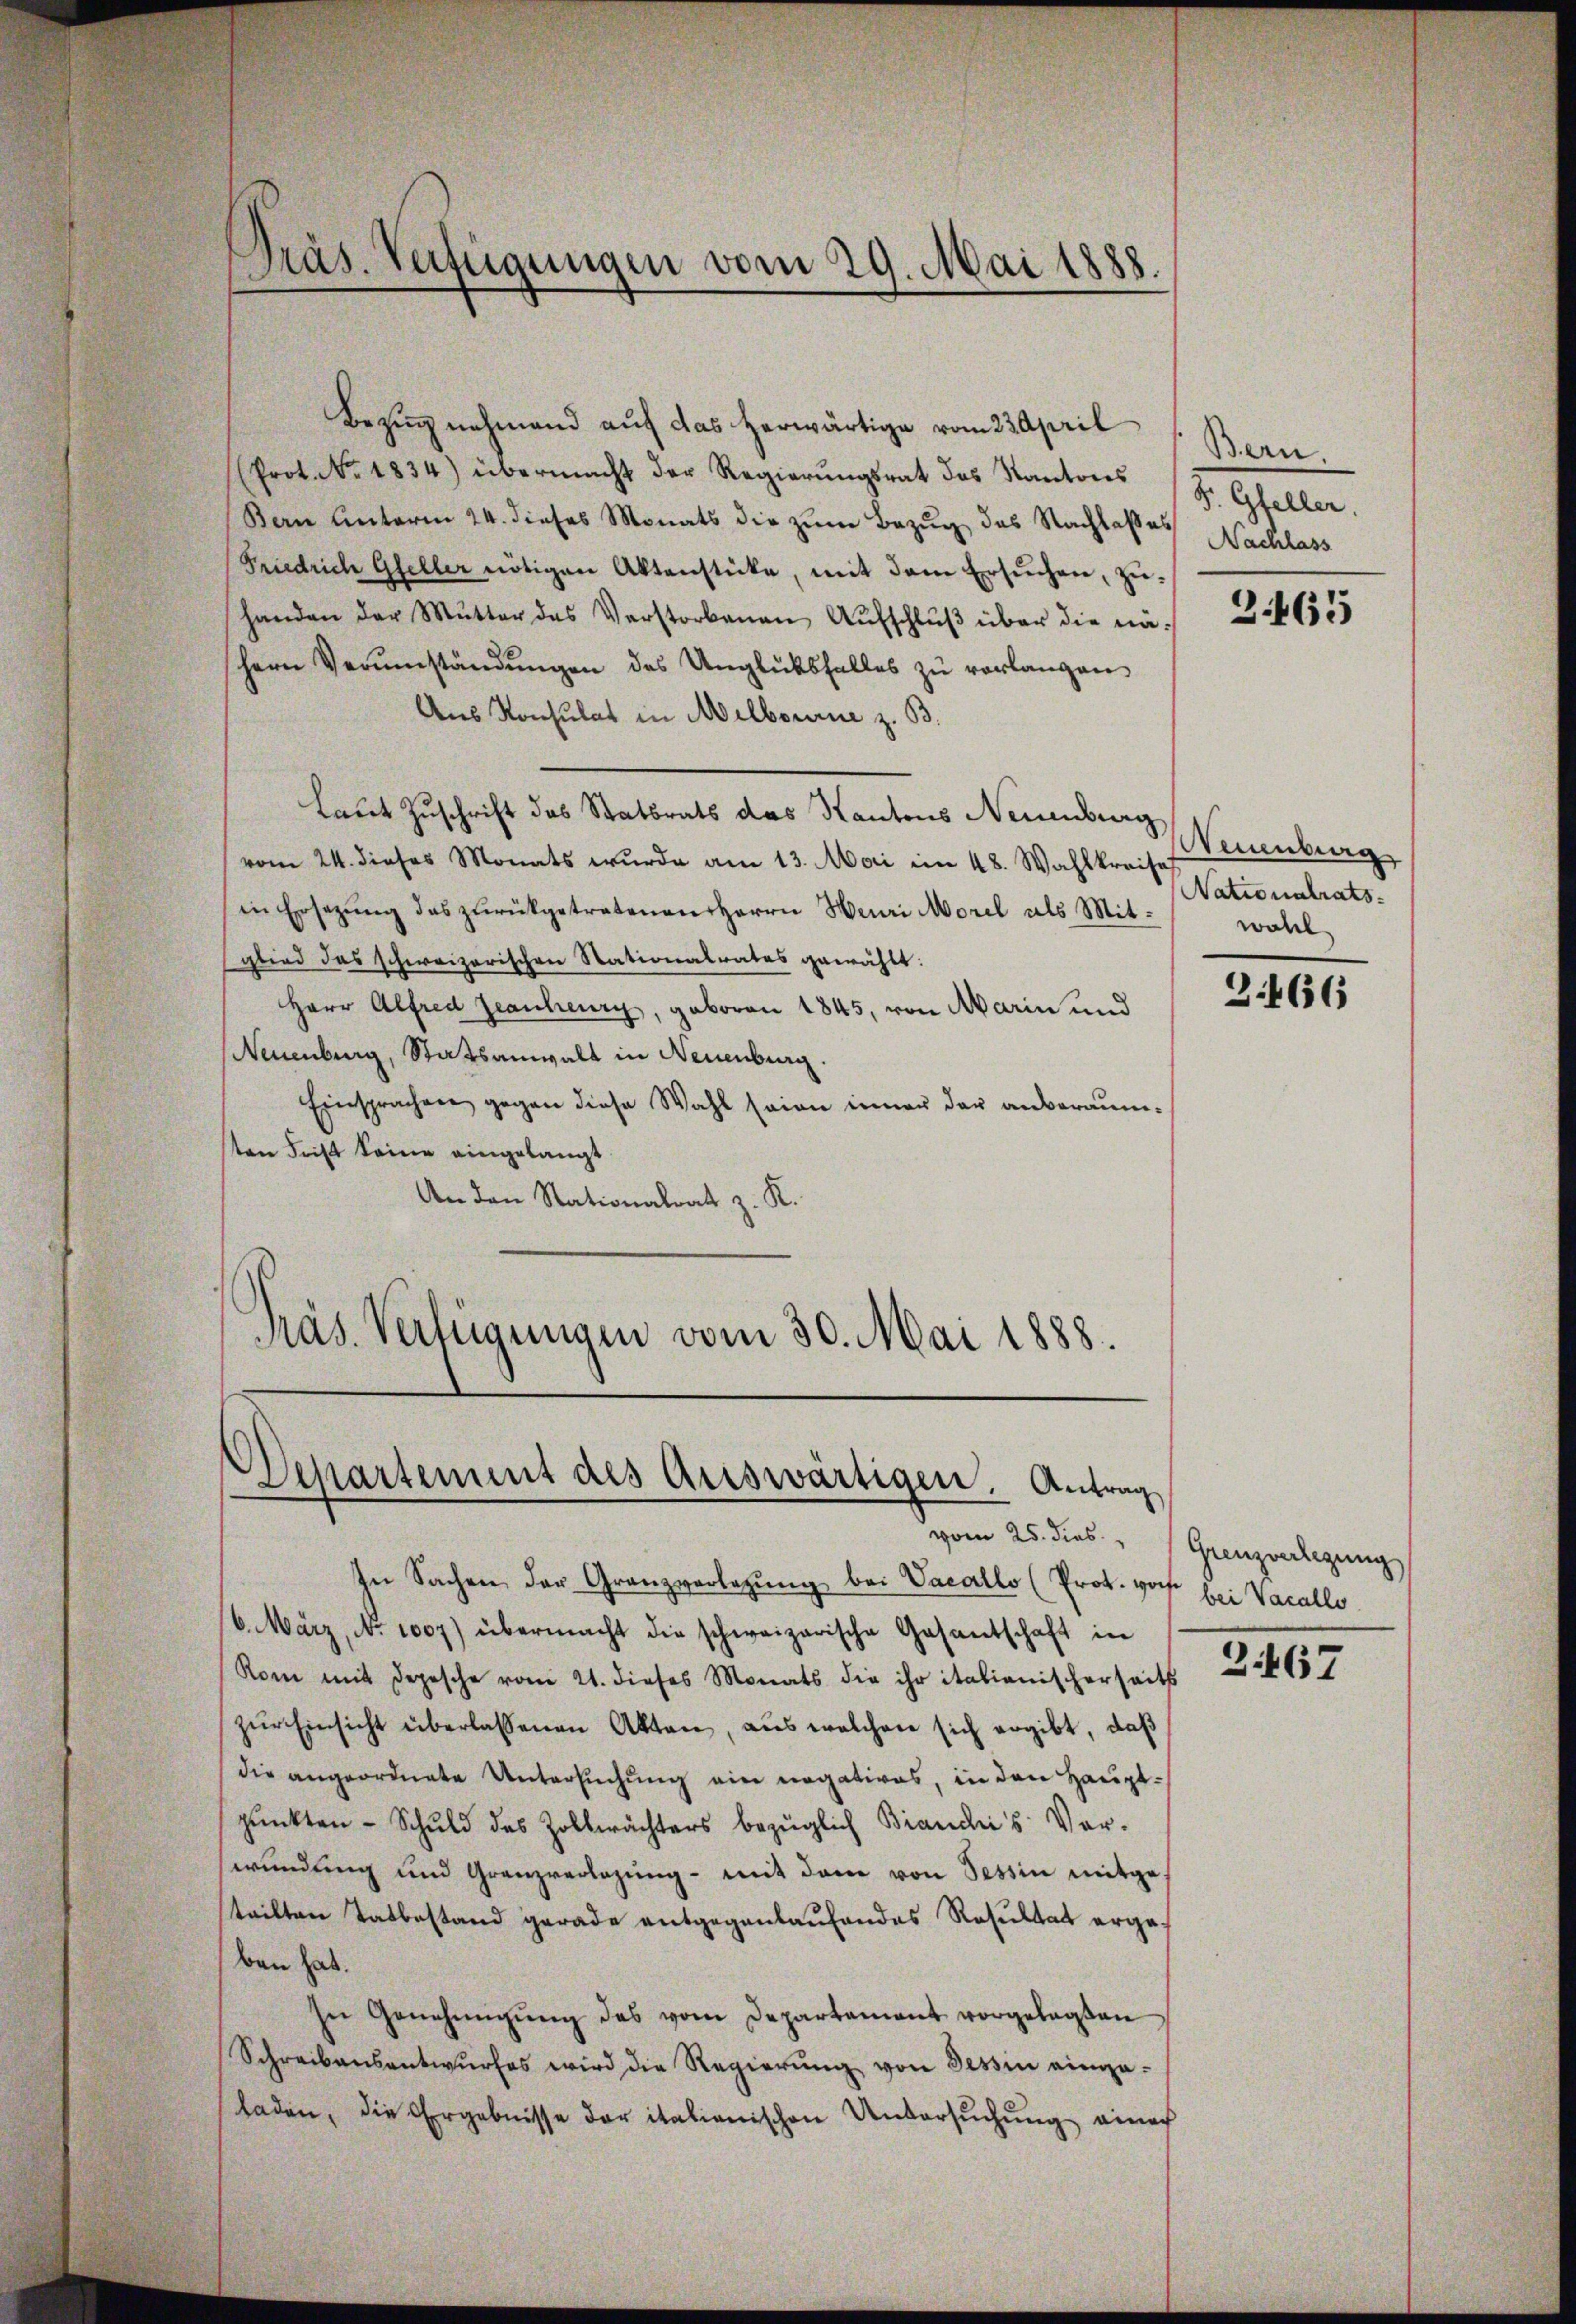
Bezŭgnehmend auf das herwärtige vom 23 April
Prot. No. 1834) übermacht der Regierungsrat das Kantons
Bern Unterm 24. dieses Monats die zum Bezug des Nachlasses
Friedrich Gfeller nötigen Aktenstücke, mit dem Ersŭchen, zŭ-
handen der Mŭtter des Verstorbenen Aŭfschlŭβ über die nähern Verŭmständŭngen des Unglücksfalles zŭ verlangen
Aus Konsulat in Melbourne z. B.
Laut Zuschrift das Statsrats das Kantons Neuenburg
vom 24. dieses Monats wurde am 13. Mai im 48. Wahlkreisef
in Ersetzŭng das zŭrückgetretenen Herrn Heuri Morel als Mitglied das schweizerischen Stationalrates gewählt:
Herr Alfred Jeanheury, geboren 1845, von Marin und
Neuenburg, Statsanwalt in Neuenburg.
Einsprachen gegen diese Wahl seien inner der anberaumsten Ficht keine eingelangt
An den Stationalrat z. K.
Präs. Verfügungen vom 30. Mai 1888.

Präs. Verfügungen vom 29. Mai 1888.

Departement des Auswärtigen. Antrag

In Sachen der Granzverlegŭng bei Vacallo (Prot. vor bei Vacallo
6. März, No 1007) übermacht die schweizerische Gasantschaft in
Rom mit Depesche vom 21. dieses Monats die ihr italienischerseits
zŭr Einsicht überlassenen Akten, aus welchen sich ergibt, daß
die angeordnete Untersuchung ein negatives, in den Hauptpŭnkten - Schuld des Zollerächters bezüglich Bianchis Ver-
wundung und Granzverlegŭng mit dem von Tessin mitge-
teilten Tatbestand gerade entgegenlaufendes Resultat ergaben hab.
In Genehmigŭng des vom Departement vorgelegten
Schreibensantwurfes wird die Regierung von Tessin eingeladen, die Ergebnisse der italienischen Untersuchung einach

vom 25. dies " Grenzverlegung

Ben.
Dr. Gfeller.
Nachlass

2465

reuenburg
Nationalrats-
wohl

2.466

2467